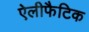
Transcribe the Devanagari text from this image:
ऐलीफैटिक